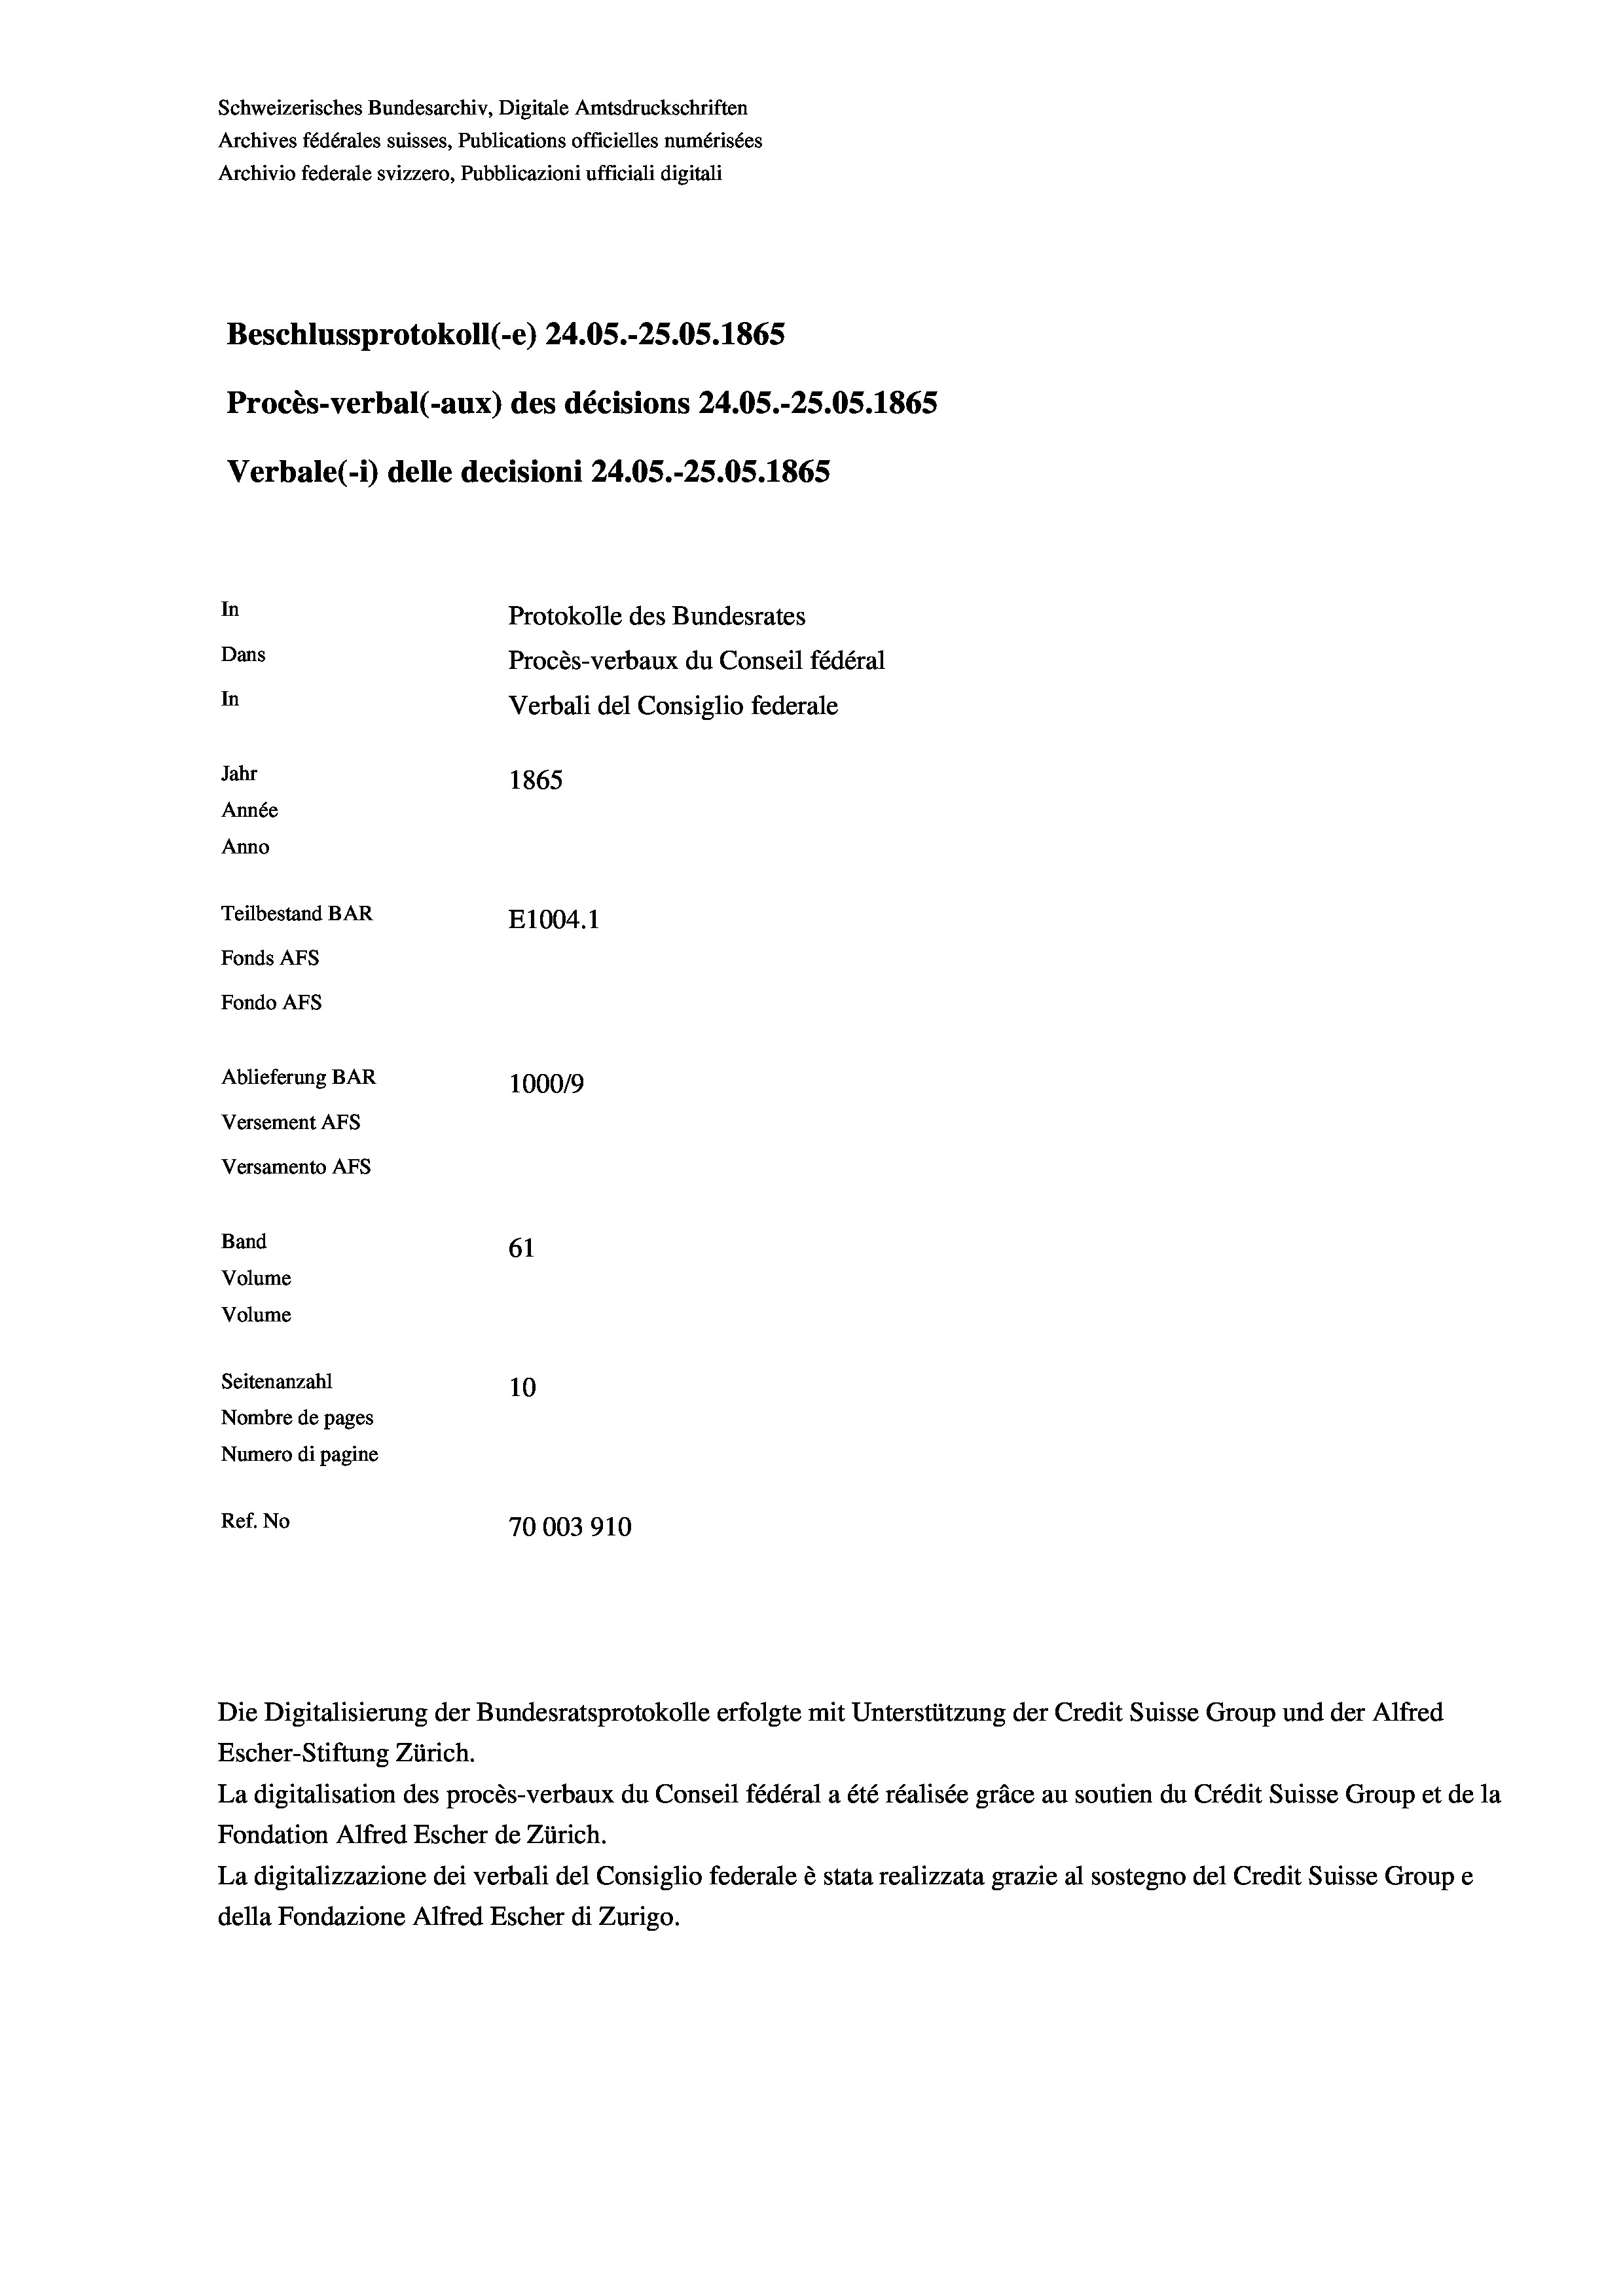
Schweizerisches Bundesarchiv, Digitale Amtsdruckschriften
Archives fédérales suisses, Publications officielles numérisées
Archivio federale svizzero, Pubblicazioni ufficiali digitali
Beschlussprotokoll (-e) 24.05.-25.05. 1865
Procès-verbal (-aux) des décisions 24.05.-25.05. 1865
Verbale(-*) delle decisioni 24.05.-25.05. 1865
In
Protokolle des Bundesrates
Dans
Procès-verbaux du Conseil fédéral
In
Verbali del Consiglio federale
Jahr
1865
Année
Anno
Teilbestand BAR
E1004. 1
Fonds AFs
Fondo Afs
Ablieferung BAR
10009
Versement Ans
Versamento Afs
Band
61
Volume
Volume

Seitenanzahl
10
Nombre de pages
Numero di pagine
Ref. No
70003910

Escher-Stiftung Zürich.
La digitalisation des procès-verbaux du Conseil fédéral a été réalisée gräce au soutien du Crédit Suisse Group et de la
Fondation Alfred Escher de Zürich.
La digitalizzazione dei verbali del Consiglio federale è stata realizzata grazie al sostegno del Credit Suisse Groupe
della Fondazione Alfred Escher di Zurigo.

Die Digitalisierung der Bundesratsprotokolle erfolgte mit Unterstützung der Credit Suisse Group und der Alfred